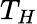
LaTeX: T_{H}